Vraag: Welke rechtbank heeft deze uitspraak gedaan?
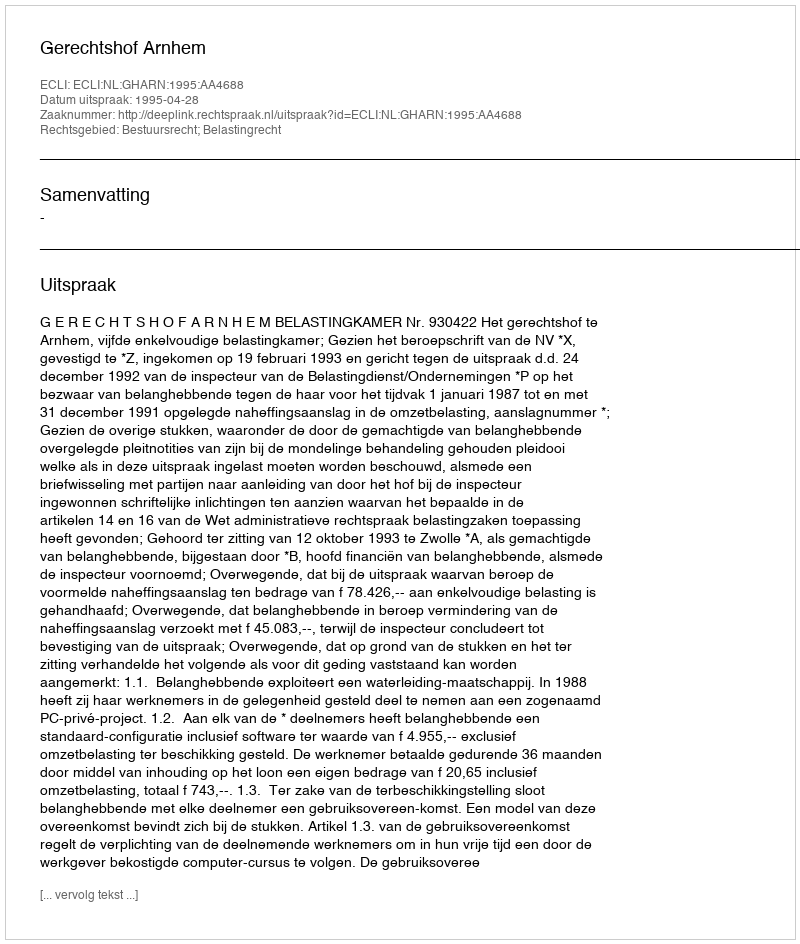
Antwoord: Gerechtshof Arnhem